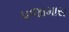
પજામાસ